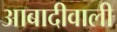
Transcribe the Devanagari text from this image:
आबादीवाली